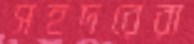
সহদরেরা